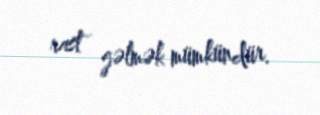
rast gəlmək mümkündür.